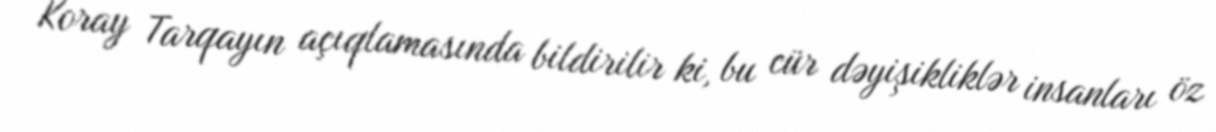
Koray Tarqayın açıqlamasında bildirilir ki, bu cür dəyişikliklər insanları öz